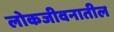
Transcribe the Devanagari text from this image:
लोकजीवनातील